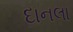
દાનલા